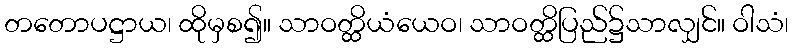
တတောပဋ္ဌာယ၊ ထိုမှစ၍။ သာဝတ္ထိယံယေဝ၊ သာဝတ္ထိပြည်၌သာလျှင်။ ဝါသံ၊